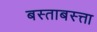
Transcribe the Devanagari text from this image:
बस्ताबस्त्ता